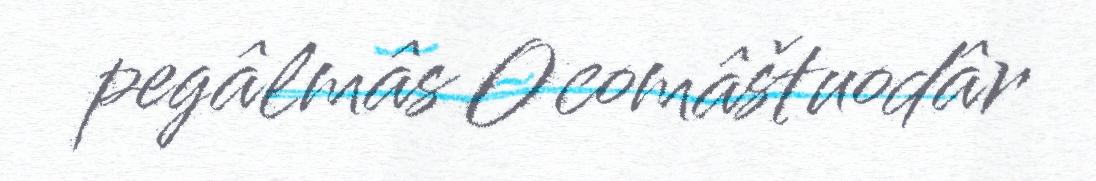
pegâlmâs Ocomâštuodâr